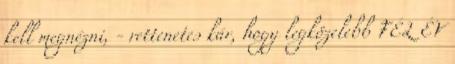
kell megnézni, - rettenetes kár, hogy legközelebb FÉL ÉV